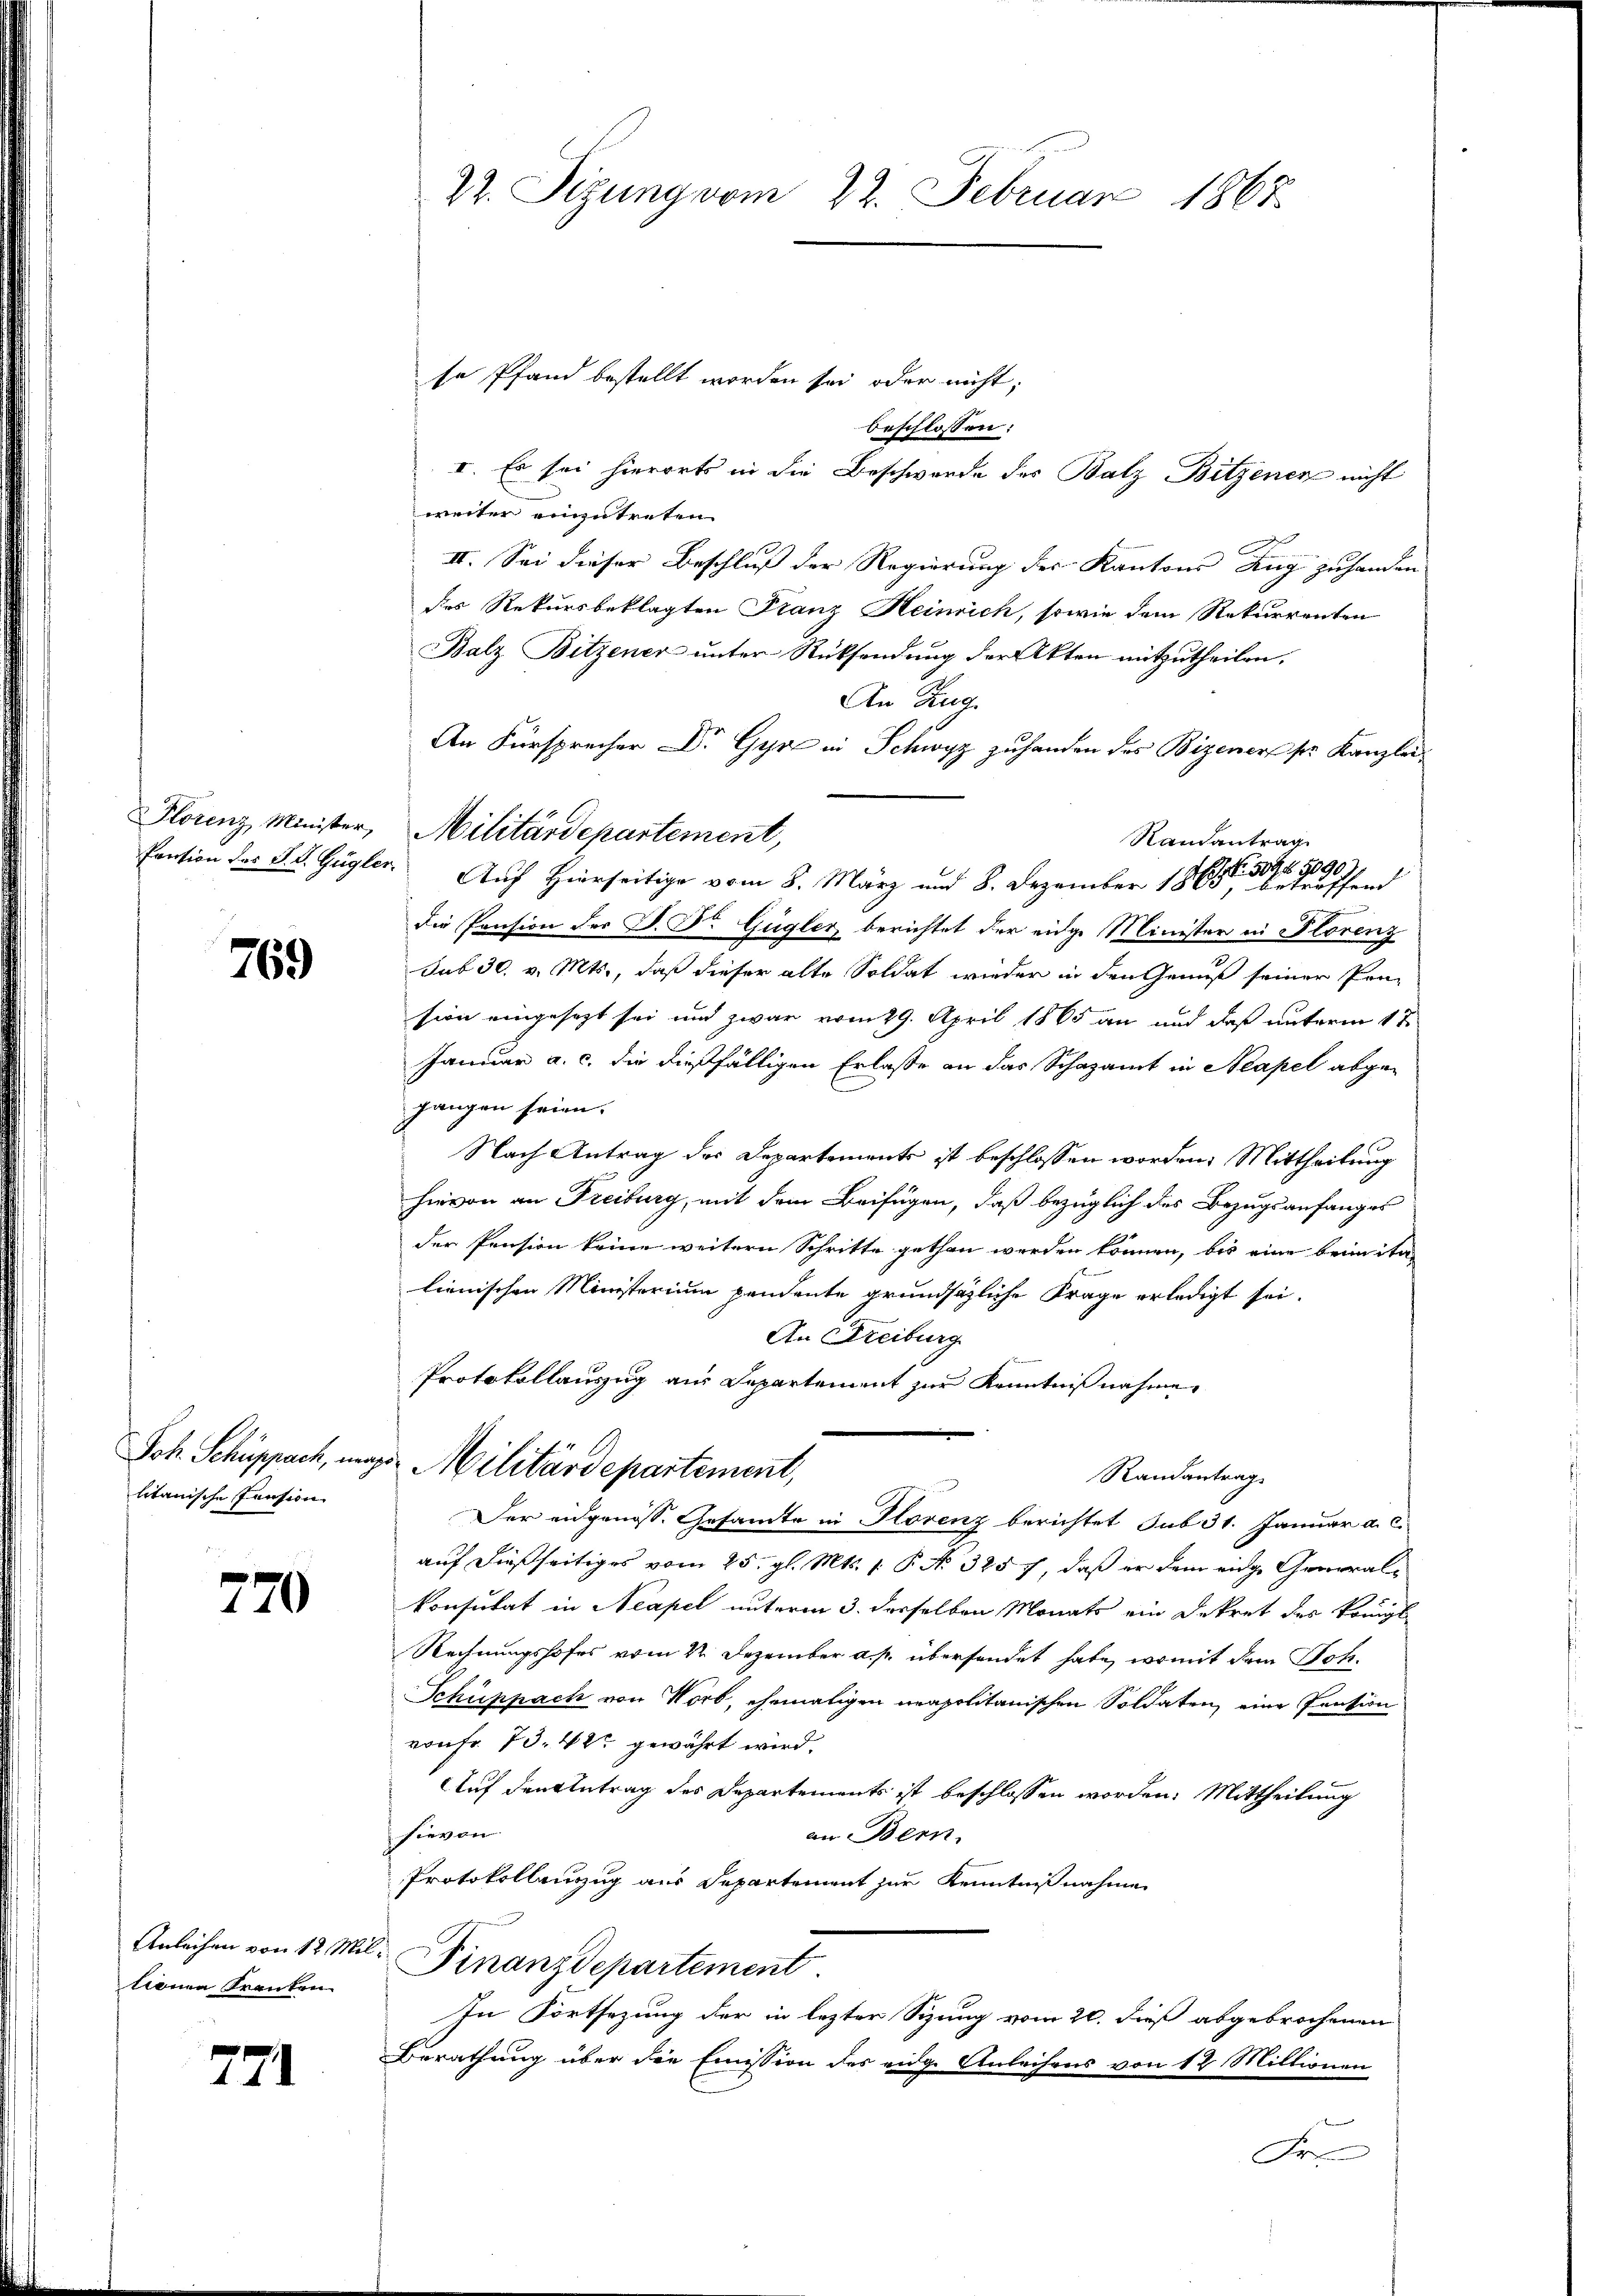
769

Joh. Schuppach, un
litanische Pension

770

Anleihen von 12 Millona ranken

771

22. Sizung vom 22. Februar 1867

se Pfand bestellt worden sei oder nicht;
beschlossen:
I. Es sei hierorts in die Beschwerde des Balz Bitzener nicht
weiter einzutreten
II. Sei dieser Beschluß der Regierung des Kantons Zug zu handen
das Rekursbeklagten Franz Heinrich, sowie dem Rekurrenten
Balz Bitzener unter Rücksendung der Akten mitzutheilen.
An Zug.
An Fürsprecher Dr. Gyr in Schwyz zuhanden des Bizener sr. Kanzlei¬
Pension der S. S. Gugler Auf Hierseitige vom 8. März und 8. Dezember 1860 d
Die Pension der D. Dr Gugler berichtet der eidge Minister in Florenz
sub 30. v. Mts., daß dieser alte Soldat wieder in den Genuß seiner Prä-
sion eingesezt sei und zwar vom 29. April 1865 an und daß unterm 1 ten
Januar a. c. die dießfälligen Erlasse an das Schazamt in Neapel abgegangen seien.
Nach Antrag des Departements ist beschlossen worden. Mittheilung
hievon an Freiburg, mit dem Beifügen, daß bezüglich des Bezugsanfanges
der Pension keine weitern Schritte gethan werden können, bis eine beimita-
lienischen Ministerium pendente grundsätzliche Frage erledigt sei.
An Freiburg
Protokollauszug aus Departement zur Kenntnißnahme.
 Militärdepartement,
Randantrag
Der eidgenöss. Gesandte in Korenz berichtet sub 31. Januar a. c.
auf dießseitiges vom 25. gl. Mts. 1. P. N. 3257, daß er dem eidge Generalkonsulat in Neapel unterm 3. derselben Monats ein Dekret des Königl.
Rechnungshofes vom 22. Dezember a. p. übersendet habe, womit dem Soh¬
Schüppach von Vort, ehemaligen neapolitanischen Soldaten, eine Pension
von Fr. 73. 42 gewährt wird.
Auf den Antrag des Departements ist beschlossen worden. Mittheilung
 hievon
an Bern.
Protokollenzug aus Departement zur Kenntnißnahme
. Finanzdepartement.
In Fortsezung der in lezter Sizung vom 20. dieß abgebrochenen
Berathung über die Emission des eidge Anleihens von 12 Millionen
f
Fre

Florenz Minister, Militärdepartement,

Randantrag